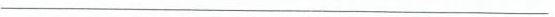
___